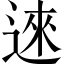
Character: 逨